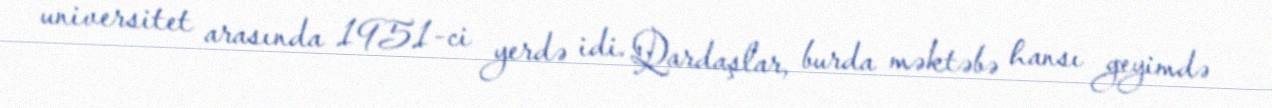
universitet arasında 1951-ci yerdə idi. Qardaşlar, burda məktəbə hansı geyimdə